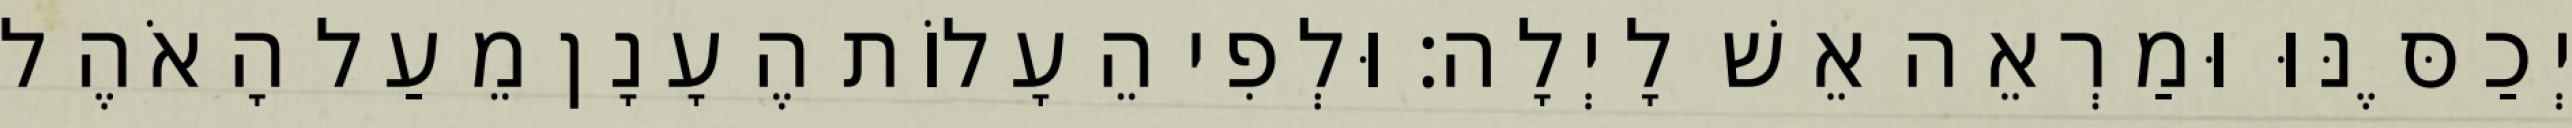
יְכַסֶּנּוּ וּמַרְאֵה אֵשׁ לָיְלָה׃ וּלְפִי הֵעָלוֹת הֶעָנָן מֵעַל הָאֹהֶל